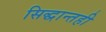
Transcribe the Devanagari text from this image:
सिद्धान्तही